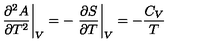
\left. \frac { \partial ^ { 2 } A } { \partial T ^ { 2 } } \right| _ { V } = - \left. \frac { \partial S } { \partial T } \right| _ { V } = - \frac { C _ { V } } { T }